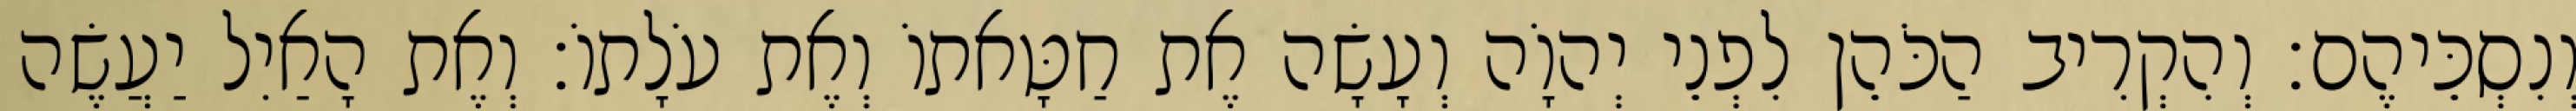
וְנִסְכֵּיהֶם׃ וְהִקְרִיב הַכֹּהֵן לִפְנֵי יְהוָֹה וְעָשָׂה אֶת חַטָּאתוֹ וְאֶת עֹלָתוֹ׃ וְאֶת הָאַיִל יַעֲשֶׂה